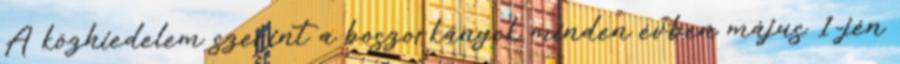
A közhiedelem szerint a boszorkányok minden évben május 1-jén